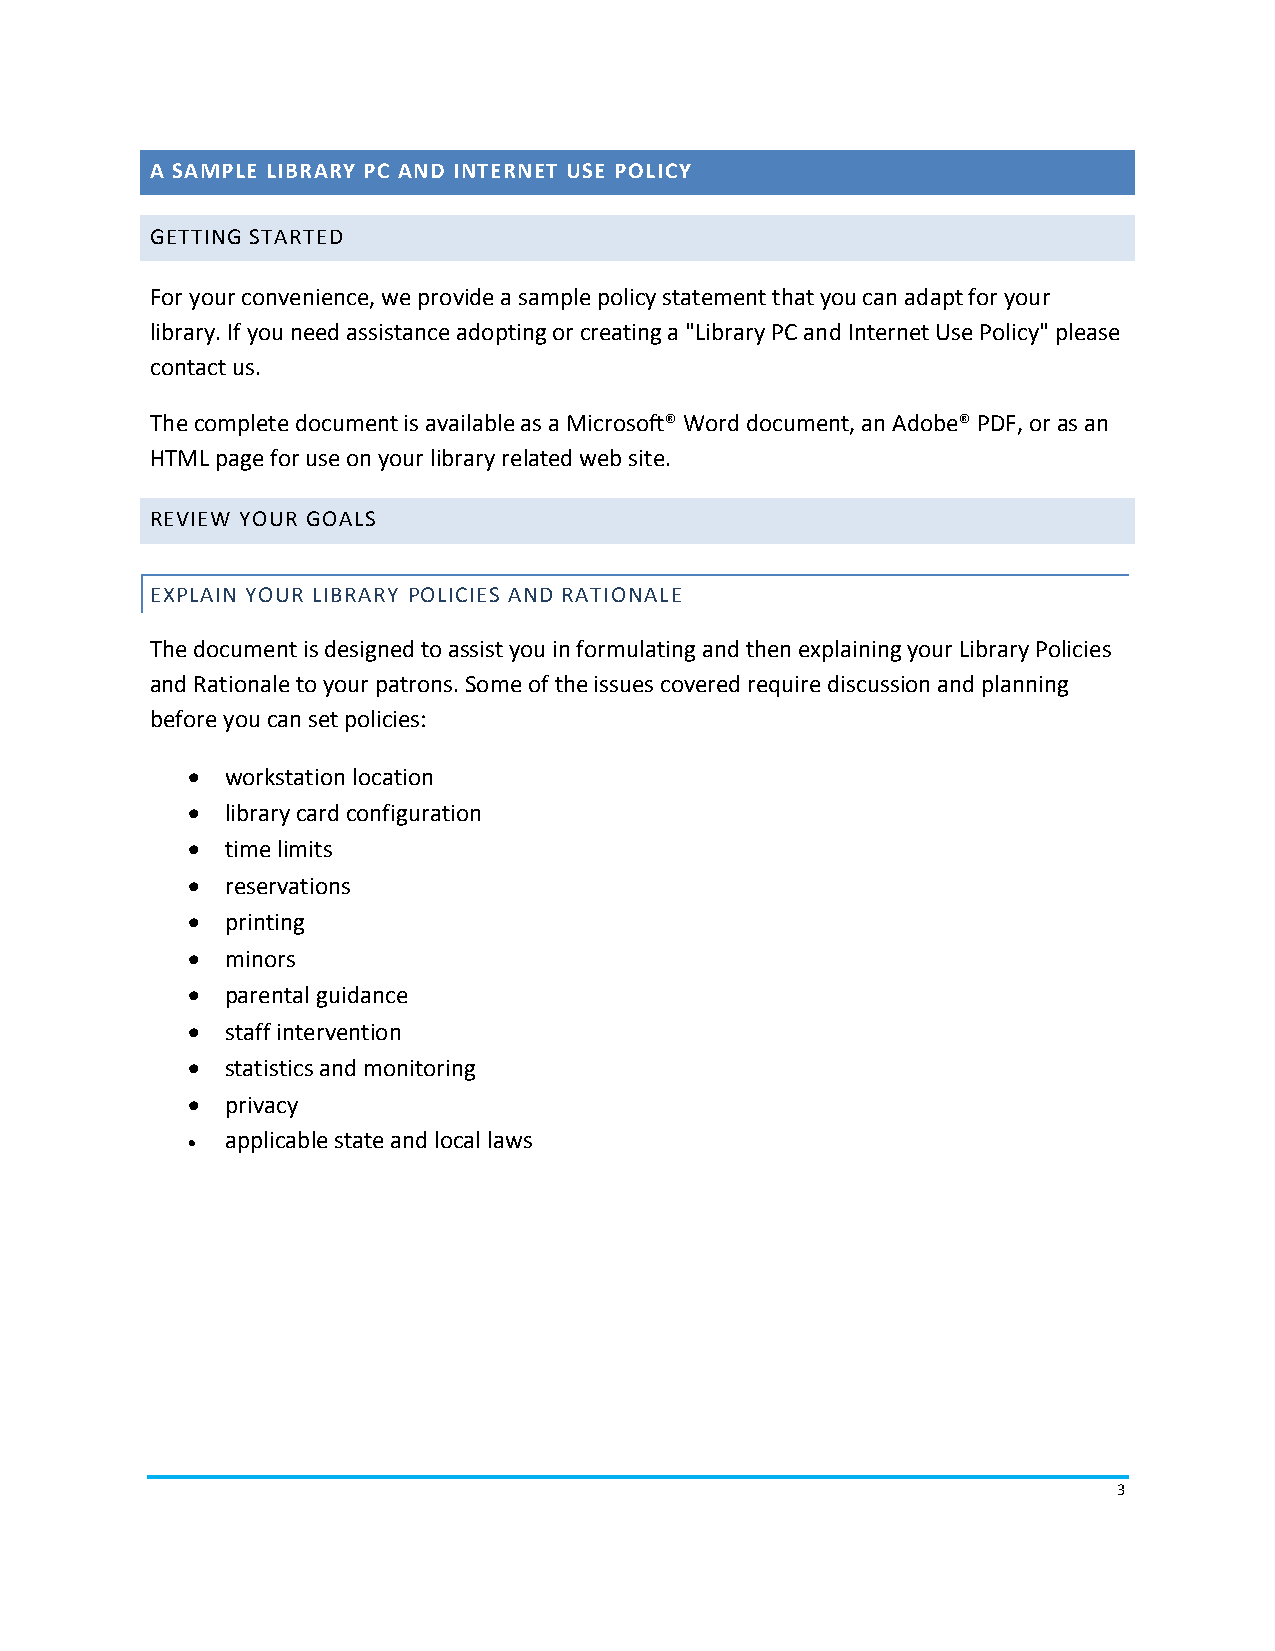
A SAMPLE LIBRARY PC AND INTERNET USE POLICY
 GETTING STARTED
 For your convenience, we provide a sample policy statement that you can adapt for your
 library. If you need assistance adopting or creating a "Library PC and Internet Use Policy" please
 contact us.
 The complete document is available as a Microsoft® Word document, an Adobe® PDF, or as an
 HTML page for use on your library related web site.
 REVIEW YOUR GOALS
 EXPLAIN YOUR LIBRARY POLICIES AND RATIONALE
 The document is designed to assist you in formulating and then explaining your Library Policies
 and Rationale to your patrons. Some of the issues covered require discussion and planning
 before you can set policies:
   workstation location
   library card configuration
   time limits
   reservations
   printing
   minors
   parental guidance
   staff intervention
   statistics and monitoring
   privacy
   applicable state and local laws
 3